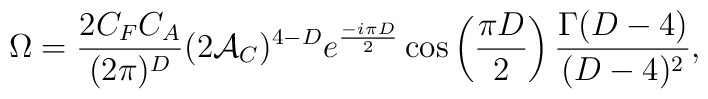
\Omega = {2 C_F C_A \over (2 \pi)^D} (2 {\cal A}_C)^{4-D}e^{-i \pi D \over 2} \cos \left({\pi D \over 2}\right) {\Gamma (D - 4) \over(D - 4)^2},